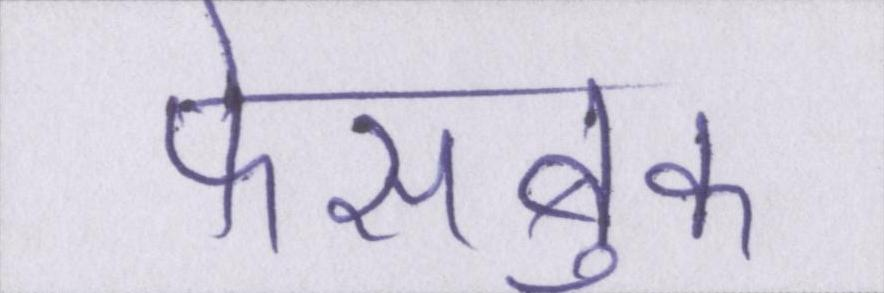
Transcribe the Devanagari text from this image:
फेसबुक